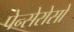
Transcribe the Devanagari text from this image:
पेन्सेरोसो